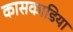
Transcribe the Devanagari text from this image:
कासकाडिया